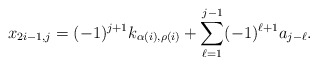
\begin{align*} x_{2i-1,j} = (-1)^{j+1} k_{\alpha(i), \rho(i)} + \sum_{\ell=1}^{j-1} (-1)^{\ell+1} a_{j-\ell}.\end{align*}